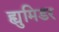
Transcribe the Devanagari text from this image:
ह्युमिडर